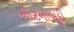
નોટનાબૂદી